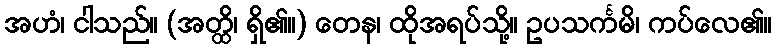
အဟံ၊ ငါသည်။ (အတ္ထိ၊ ရှိ၏။) တေန၊ ထိုအရပ်သို့။ ဥပသင်္ကမိ၊ ကပ်လေ၏။